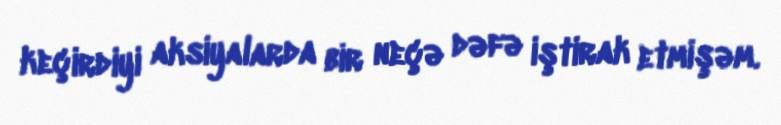
keçirdiyi aksiyalarda bir neçə dəfə iştirak etmişəm.